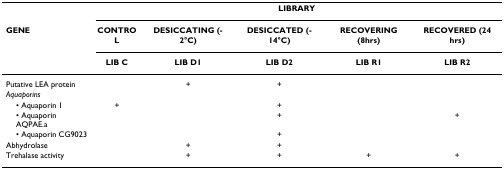
<table><thead><tr><td></td><td colspan="5"><b>LIBRARY</b></td></tr><tr><td><b>GENE</b></td><td><b>CONTROL</b></td><td><b>DESICCATING (-2°C)</b></td><td><b>DESICCATED (-14°C)</b></td><td><b>RECOVERING (8hrs)</b></td><td><b>RECOVERED (24 hrs)</b></td></tr><tr><td></td><td><b>LIB C</b></td><td><b>LIB D1</b></td><td><b>LIB D2</b></td><td><b>LIB R1</b></td><td><b>LIB R2</b></td></tr></thead><tbody><tr><td>Putative LEA protein</td><td></td><td>+</td><td>+</td><td></td><td></td></tr><tr><td><i>Aquaporins</i></td><td></td><td></td><td></td><td></td><td></td></tr><tr><td> • Aquaporin 1</td><td>+</td><td></td><td>+</td><td></td><td></td></tr><tr><td> • Aquaporin AQPAE.a</td><td></td><td></td><td>+</td><td></td><td>+</td></tr><tr><td> • Aquaporin CG9023</td><td></td><td></td><td>+</td><td></td><td></td></tr><tr><td>Abhydrolase</td><td></td><td>+</td><td>+</td><td></td><td></td></tr><tr><td>Trehalase activity</td><td></td><td>+</td><td>+</td><td>+</td><td>+</td></tr></tbody></table>